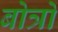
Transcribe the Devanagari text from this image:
बोत्रों